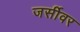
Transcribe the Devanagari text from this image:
जर्सीवर